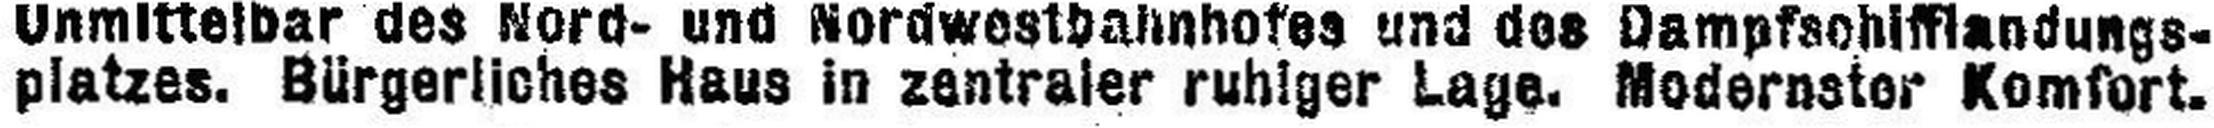
platzes. Bürgerliches Haus in zentraler ruhiger Lage. Modernster Komfort.